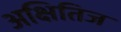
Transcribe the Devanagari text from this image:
अक्षितिज